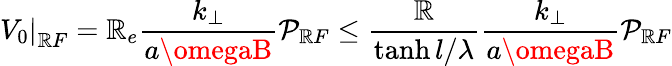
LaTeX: \left.V_{0}\right|_{\mathbb{R}F}=\mathbb{R}_{e}\frac{{k_{\perp}}}{{a\omegaB}}\mathcal{{P}}_{\mathbb{R}F}\leq\frac{{\mathbb{R}}}{{\operatorname{tanh}l/\lambda}}\frac{{k_{\perp}}}{{a\omegaB}}\mathcal{{P}}_{\mathbb{R}F}